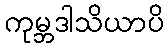
ကုမ္ဘဒါသိယာပိ